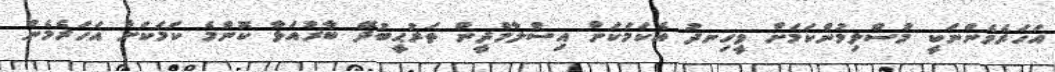
އަހަރެމެންނަކީ މުސްލިމުންކަމަށް ވީހިނދު އެކަމަކަށް އިސްލާމްދީން ތަރުޙީބުދޭ ބާރުއަޅާ ކޮންމެ ކަމަކަށް އަހަރެމެން